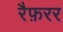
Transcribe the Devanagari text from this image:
रैफ़रर